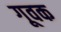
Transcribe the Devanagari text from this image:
गूवक